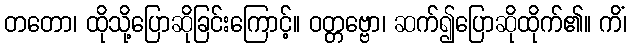
တတော၊ ထိုသို့ပြောဆိုခြင်းကြောင့်။ ဝတ္တဗ္ဗော၊ ဆက်၍ပြောဆိုထိုက်၏။ ကိံ၊